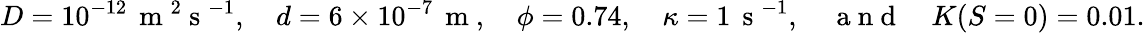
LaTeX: D=10^{-12}\, \mathrm{~m~}^{2}\mathrm{~s~}^{-1},\quad d=6\times 10^{-7}\, \mathrm{~m~},\quad\phi=0.74,\quad\kappa=1\, \mathrm{~s~}^{-1},\quad\mathrm{~a~n~d~}\quad K(S=0)=0.01.